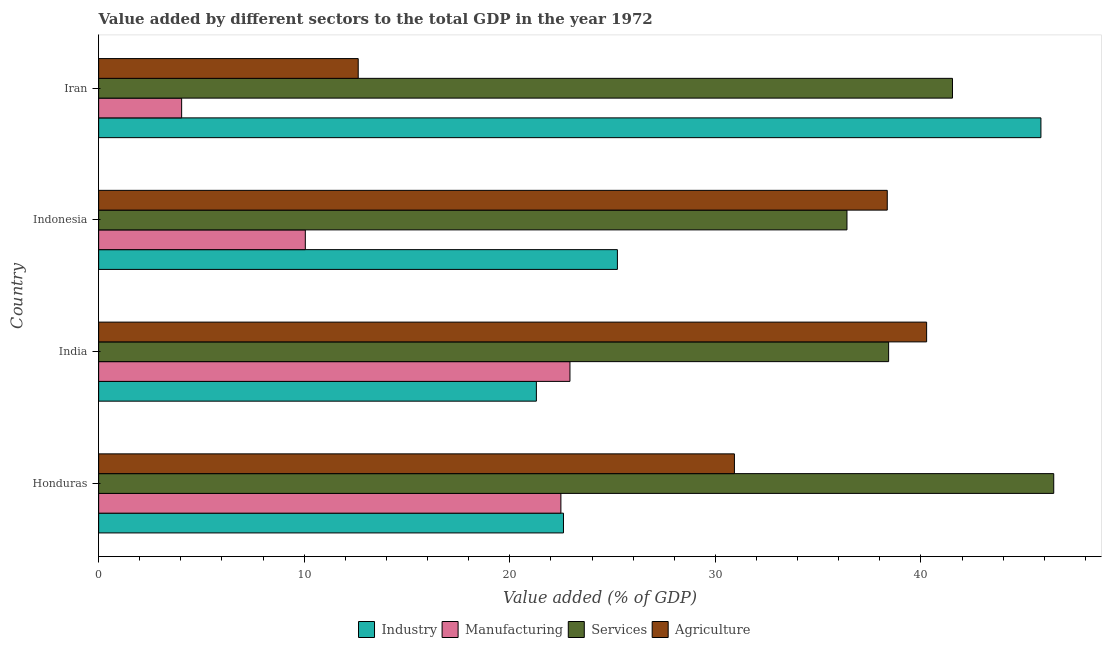
| Country | Industry | Manufacturing | Services | Agriculture |
 | --- | --- | --- | --- | --- |
 | Honduras | 22.6 | 22.5 | 46.5 | 30.9 |
 | India | 21.3 | 22.9 | 38.4 | 40.3 |
 | Indonesia | 25.2 | 10.1 | 36.4 | 38.4 |
 | Iran | 45.8 | 4.04 | 41.5 | 12.6 |